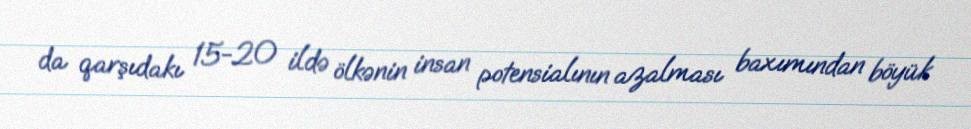
da qarşıdakı 15-20 ildə ölkənin insan potensialının azalması baxımından böyük